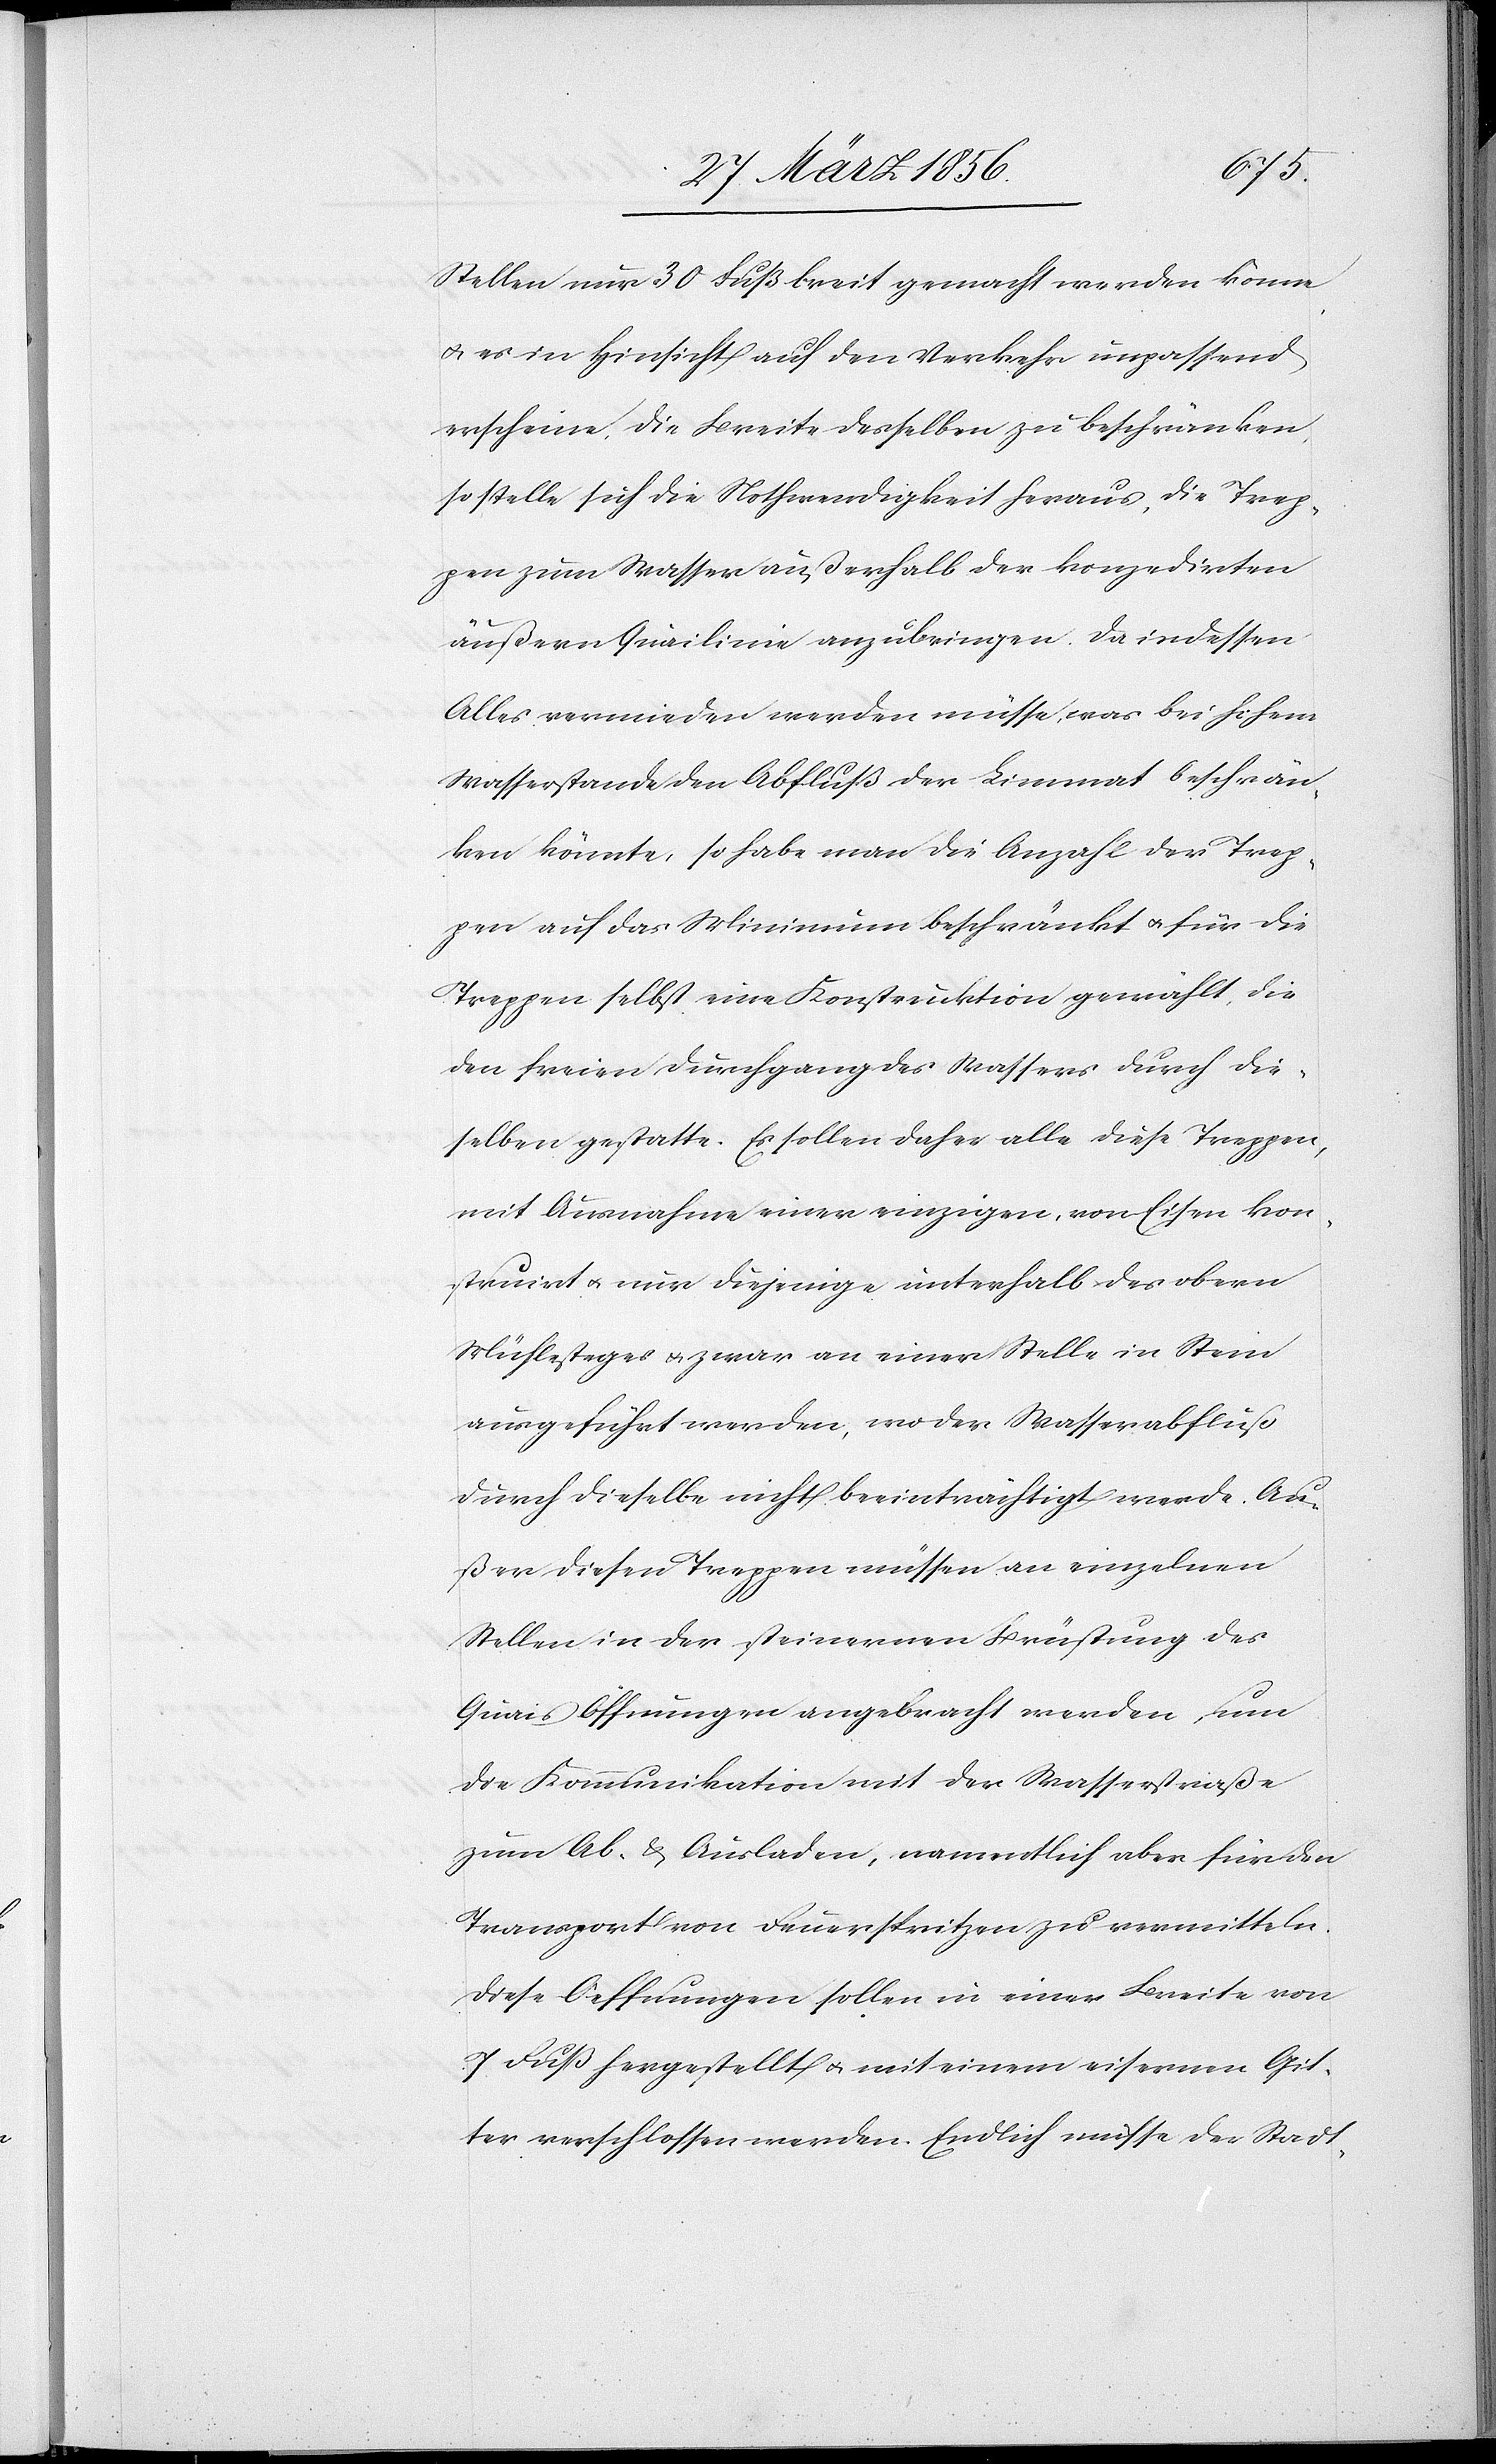
Stellen nur 30 Fuß breit gemacht werden könne,
u. es in Hinsicht auf den Verkehr unpassend
erscheine, die Breite desselben zu beschränken,
so stelle sich die Nothwendigkeit heraus, die Trep¬
pen zum Wasser außerhalb der konzedirten
äußern Quailinie anzubringen. Da indessen
Alles vermieden werden müsse, was bei hohem
Wasserstande den Abfluß der Limmat beschrän¬
ken könnte, so habe man die Anzahl der Trep¬
pen auf das Minimum beschränkt u. für die
Treppen selbst eine Konstruktion gewählt, die
den freien Durchgang des Wassers durch die¬
selben gestatte. Es sollen daher alle diese Treppen,
mit Ausnahme einer einzigen, von Eisen kon¬
struirt u. nur diejenige unterhalb des obern
Mühlesteges u. zwar an einer Stelle in Stein
ausgeführt werden, wo der Wasserabfluß
durch dieselbe nicht beeinträchtigt werde. Au¬
ßer diesen Treppen müssen an einzelnen
Stellen in der steinernen Brüstung des
Quais Öffnungen angebracht werden, um
die Kommunikation mit der Wasserstraße
zum Ab- & Ausladen, namentlich aber für den
Transport von Feuerspritzen zu vermitteln.
Diese Oeffnungen sollen in einer Breite von
7 Fuß hergestellt u. mit einem eisernen Git¬
ter verschlossen werden. Endlich müsse der Stadt-